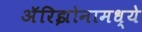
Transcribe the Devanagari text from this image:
अॅरिझोनामध्ये